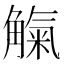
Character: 𧤟